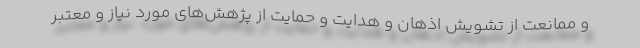
و ممانعت از تشویش اذهان و هدایت و حمایت از پژهش‌های مورد نیاز و معتبر